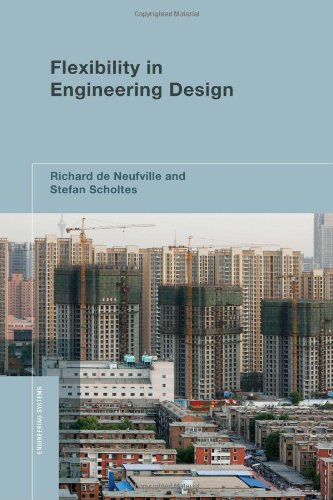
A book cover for Flexibility in Engineering Design (Engineering Systems); Richard de Neufville; Engineering & Transportation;